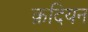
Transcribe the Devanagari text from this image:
क़दियन